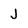
Character: J